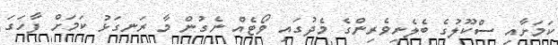
ކަމަށާއި ސްކޫލުގެ ބެލެނިވެރިންގެ މެދުގައި ވޯޓެއް ނެގުން މާ ރަނގަޅު ކަމަށް ފާހަގަ